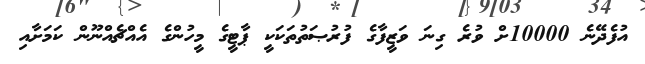
އުފެދޭނެ 10000ށް ވުރެ ގިނަ ވަޒީފާގެ ފުރުޞަތުތަކަކީ ޕާޓީގެ މީހުންގެ އެއްޗެއްނޫން ކަމަށާއި